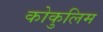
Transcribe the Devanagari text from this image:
कोकुलिम